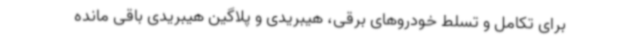
برای تکامل و تسلط خودروهای برقی، هیبریدی و پلاگین هیبریدی باقی مانده